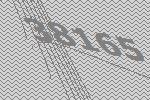
38165